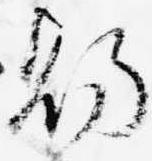
賜